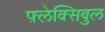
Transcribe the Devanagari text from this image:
फ़्लेक्सिबुल